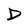
Character: D